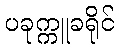
ပခုက္ကူခရိုင်